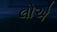
લોએ